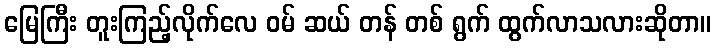
မြေကြီး တူးကြည့်လိုက်လေ ဝမ် ဆယ် တန် တစ် ရွက် ထွက်လာသလားဆိုတာ။